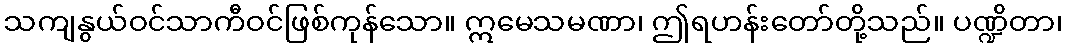
သကျနွယ်ဝင်သာကီဝင်ဖြစ်ကုန်သော။ ဣမေသမဏာ၊ ဤရဟန်းတော်တို့သည်။ ပဏ္ဍိတာ၊